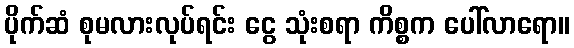
ပိုက်ဆံ စုမလားလုပ်ရင်း ငွေ သုံးစရာ ကိစ္စက ပေါ်လာရော။